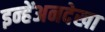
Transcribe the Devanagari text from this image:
इन्हेंअनदेखा